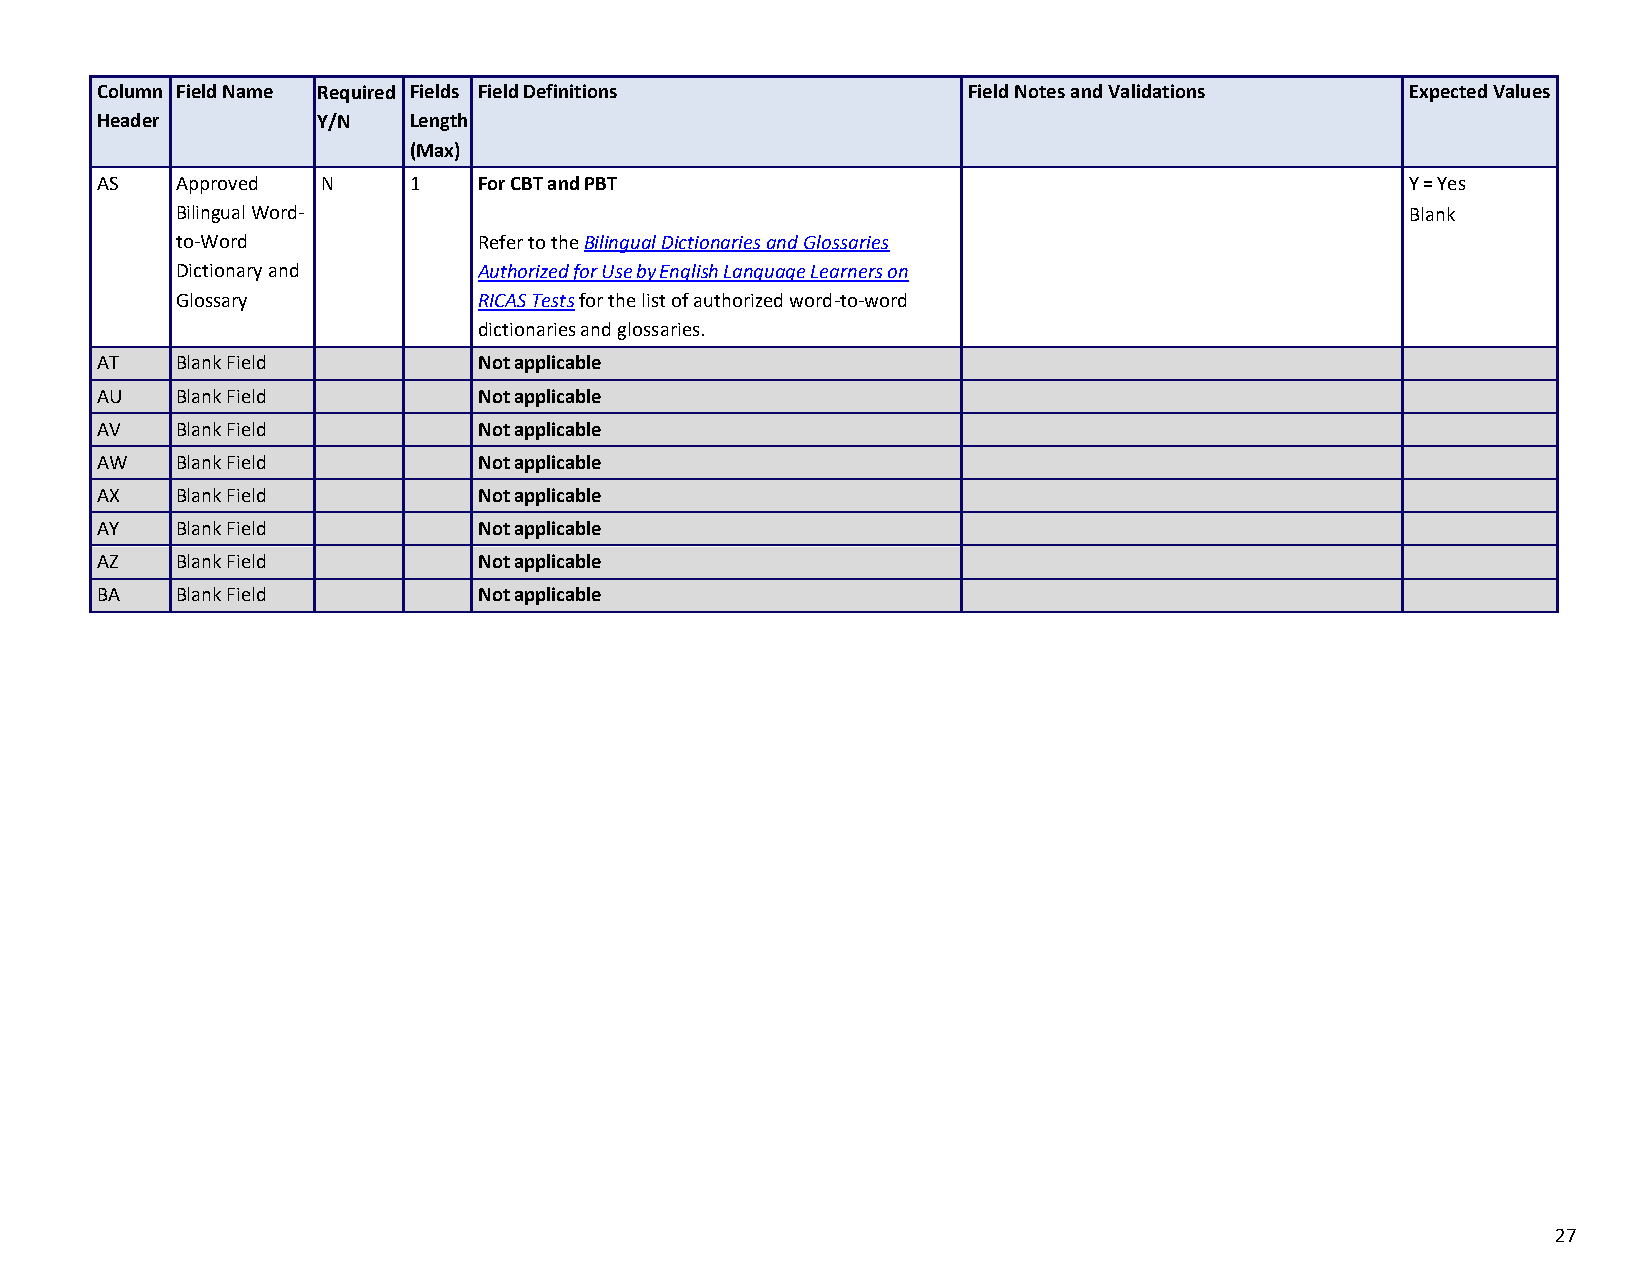
Column Field Name Required Fields Field Definitions       Field Notes and Validations  Expected Values
 Header         Y/N   Length
 (Max)
 AS    Approved N     1    For CBT and PBT                                              Y = Yes
 Bilingual Word-                                                                  Blank
 to-Word             Refer to the Bilingual Dictionaries and Glossaries
 Dictionary and      Authorized for Use by English Language Learners on
 Glossary            RICAS Tests for the list of authorized word-to-word
 dictionaries and glossaries.
 AT    Blank Field         Not applicable
 AU    Blank Field         Not applicable
 AV    Blank Field         Not applicable
 AW    Blank Field         Not applicable
 AX    Blank Field         Not applicable
 AY    Blank Field         Not applicable
 AZ    Blank Field         Not applicable
 BA    Blank Field         Not applicable
 27